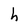
Character: h